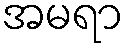
အမရာ